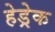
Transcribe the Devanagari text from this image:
हेड्रेक